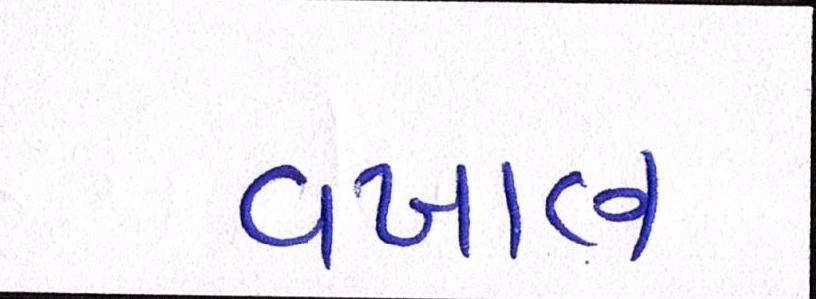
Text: વખાણ